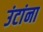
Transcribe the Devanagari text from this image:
उंटांना